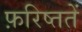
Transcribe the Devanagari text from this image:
फ़रिष्ततें